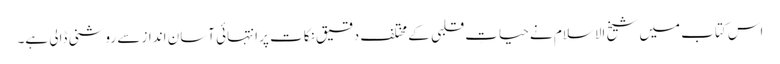
اس کتاب میں شیخ الاسلام نے حیاتِ قلبی کے مختلف دقیق نکات پر انتہائی آسان انداز سے روشنی ڈالی ہے۔